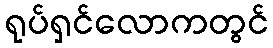
ရုပ်ရှင်လောကတွင်